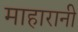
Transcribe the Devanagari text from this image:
माहारानी